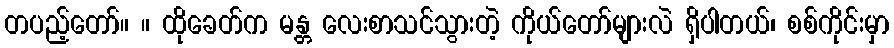
တပည့်တော်။ ။ ထိုခေတ်က မန္တ လေးစာသင်သွားတဲ့ ကိုယ်တော်များလဲ ရှိပါတယ်၊ စစ်ကိုင်းမှာ